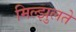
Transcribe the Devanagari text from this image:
मिल्झुलते